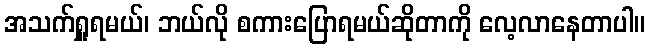
အသက်ရှူရမယ်၊ ဘယ်လို စကားပြောရမယ်ဆိုတာကို လေ့လာနေတာပါ။